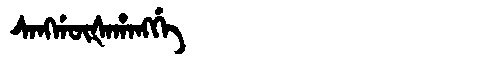
Manchu: ᠰᠠᠩᡤᡡᡧᠠᡥᠠᠩᡤᡝ
Romanization: SANGGŪŠAHANGGE